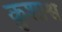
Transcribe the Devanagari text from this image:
कुशाश्व